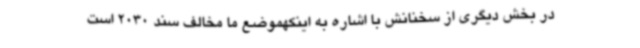
در بخش دیگری از سخنانش با اشاره به اینکهموضع ما مخالف سند 2030 است